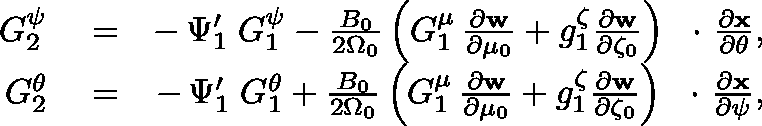
\begin{array} { r l r } { G _ { 2 } ^ { \psi } } & { { } = } & { - \, \Psi _ { 1 } ^ { \prime } \; G _ { 1 } ^ { \psi } - \frac { B _ { 0 } } { 2 \Omega _ { 0 } } \left( G _ { 1 } ^ { \mu } \, \frac { \partial \bf w } { \partial \mu _ { 0 } } + g _ { 1 } ^ { \zeta } \frac { \partial \bf w } { \partial \zeta _ { 0 } } \right) \mathrm { ~ \boldmath ~ \cdot ~ } \frac { \partial \bf x } { \partial \theta } , } \\ { G _ { 2 } ^ { \theta } } & { { } = } & { - \, \Psi _ { 1 } ^ { \prime } \; G _ { 1 } ^ { \theta } + \frac { B _ { 0 } } { 2 \Omega _ { 0 } } \left( G _ { 1 } ^ { \mu } \, \frac { \partial \bf w } { \partial \mu _ { 0 } } + g _ { 1 } ^ { \zeta } \frac { \partial \bf w } { \partial \zeta _ { 0 } } \right) \mathrm { ~ \boldmath ~ \cdot ~ } \frac { \partial \bf x } { \partial \psi } , } \end{array}